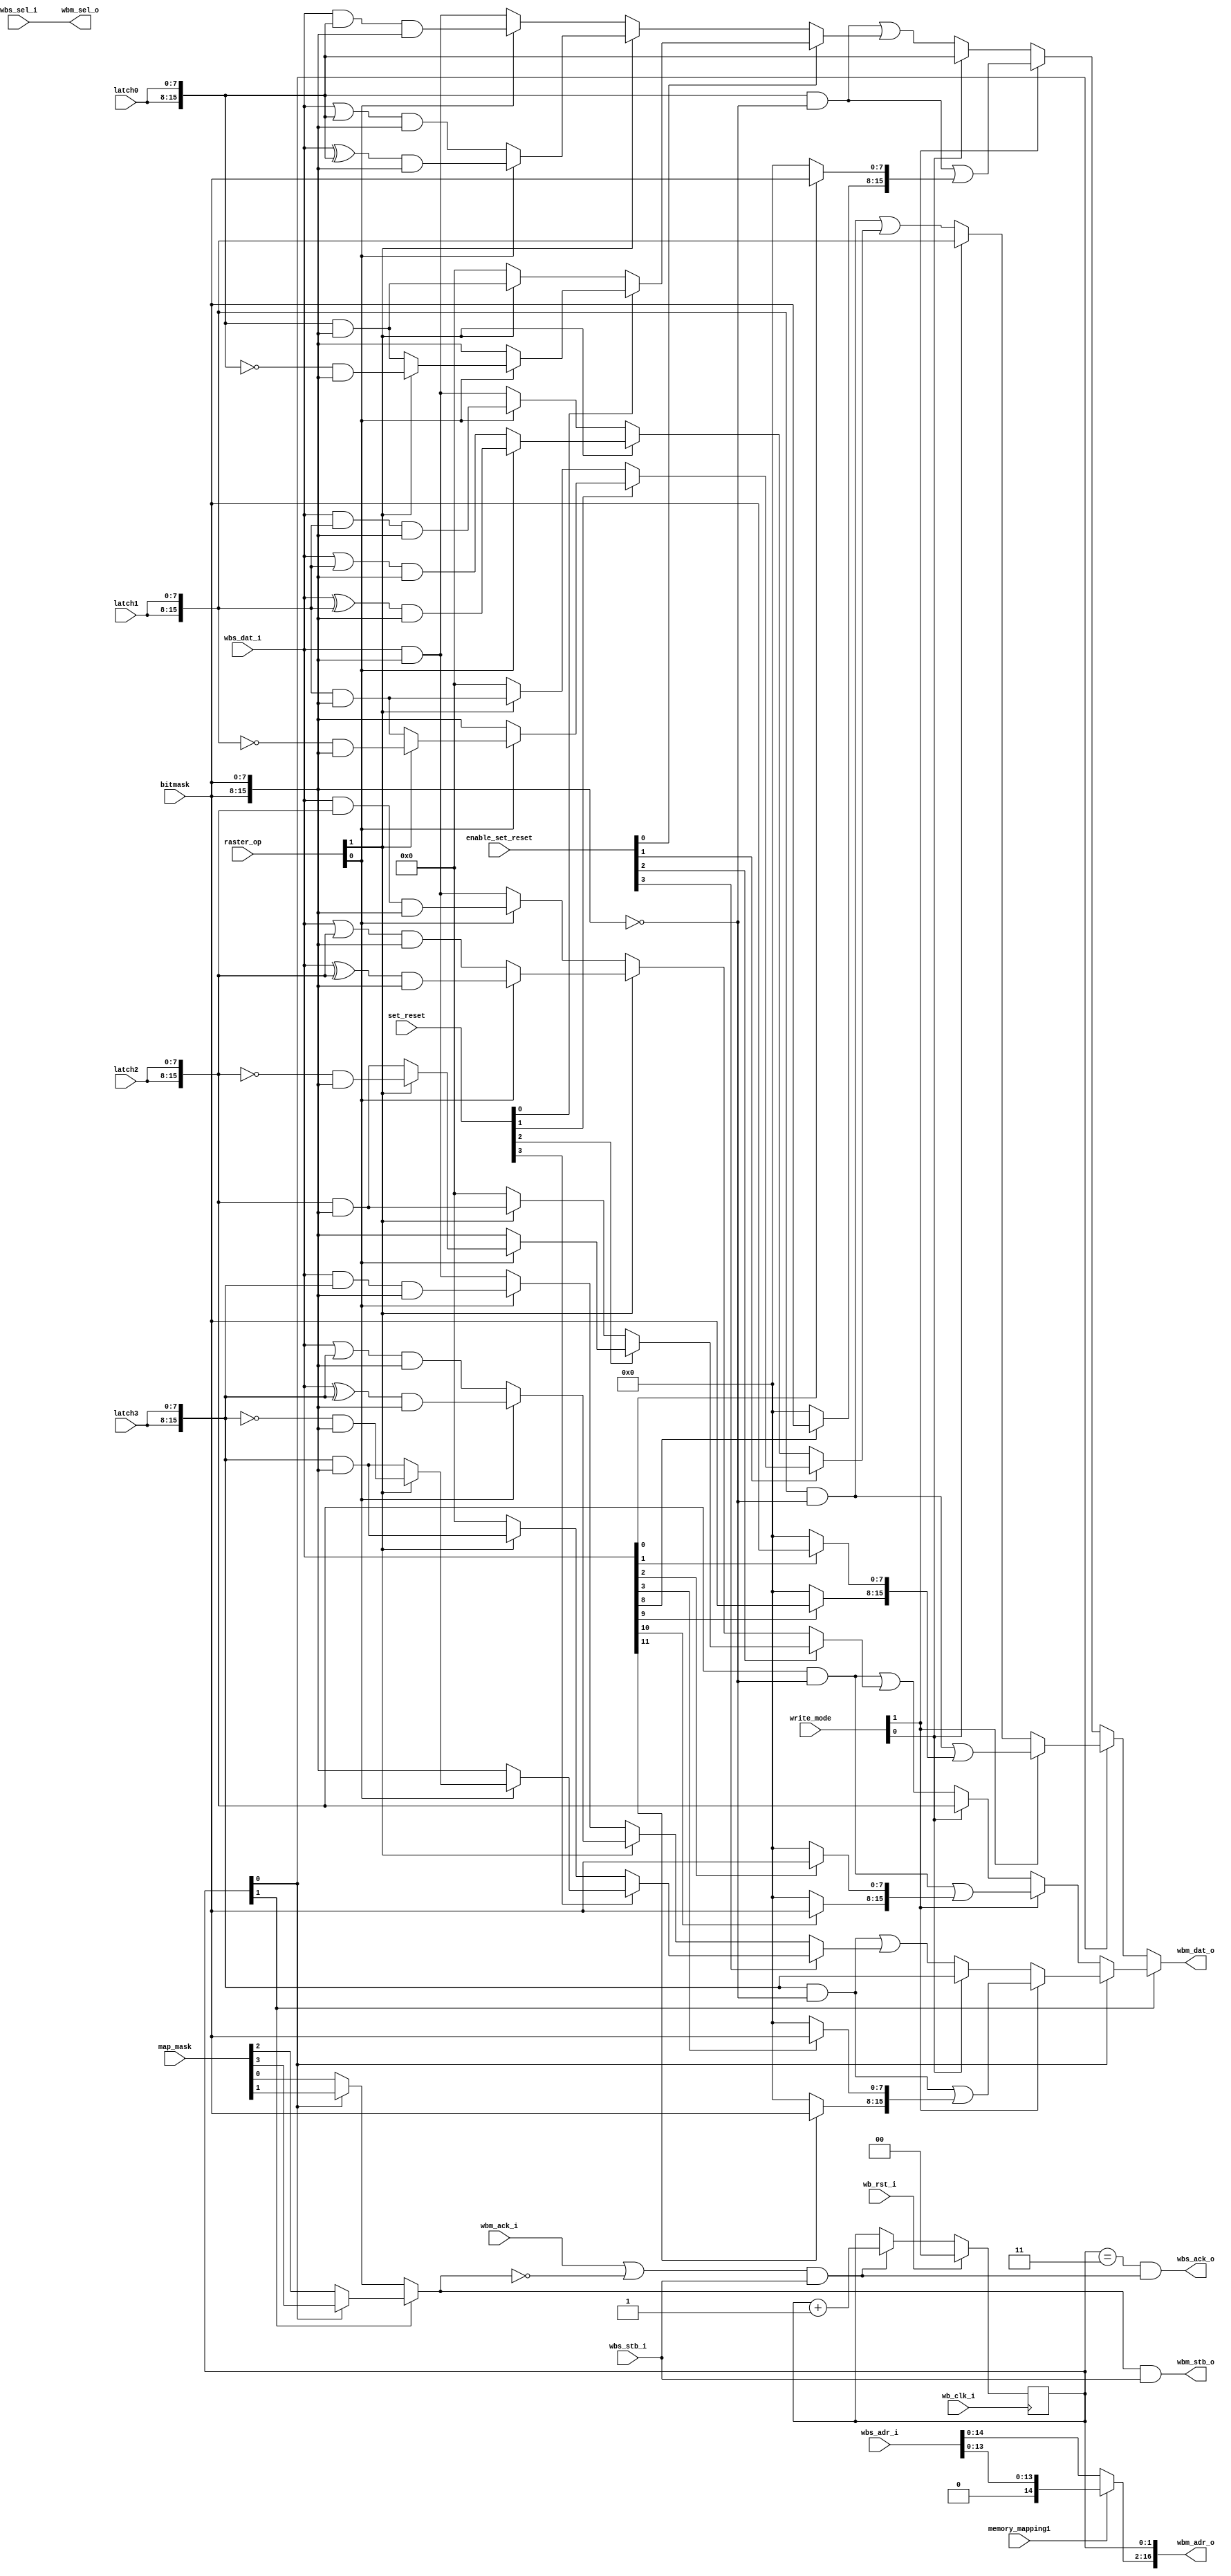
/*
 *  Write memory interface for VGA
 *  Copyright (C) 2010  Zeus Gomez Marmolejo <zeus@aluzina.org>
 *
 *  This file is part of the Zet processor. This processor is free
 *  hardware; you can redistribute it and/or modify it under the terms of
 *  the GNU General Public License as published by the Free Software
 *  Foundation; either version 3, or (at your option) any later version.
 *
 *  Zet is distrubuted in the hope that it will be useful, but WITHOUT
 *  ANY WARRANTY; without even the implied warranty of MERCHANTABILITY
 *  or FITNESS FOR A PARTICULAR PURPOSE. See the GNU General Public
 *  License for more details.
 *
 *  You should have received a copy of the GNU General Public License
 *  along with Zet; see the file COPYING. If not, see
 *  <http://www.gnu.org/licenses/>.
 */

module vga_write_iface (
    // Wishbone common signals
    input wb_clk_i,
    input wb_rst_i,

    // Wishbone slave write interface
    input [16:1] wbs_adr_i,
    input [ 1:0] wbs_sel_i,
    input [15:0] wbs_dat_i,
    input        wbs_stb_i,
    output       wbs_ack_o,

    // Wishbone master write to SRAM
    output [17:1] wbm_adr_o,
    output [ 1:0] wbm_sel_o,
    output [15:0] wbm_dat_o,
    output        wbm_stb_o,
    input         wbm_ack_i,

    // VGA configuration registers
    input        memory_mapping1,
    input [ 1:0] write_mode,
    input [ 1:0] raster_op,
    input [ 7:0] bitmask,
    input [ 3:0] set_reset,
    input [ 3:0] enable_set_reset,
    input [ 3:0] map_mask,

    input [7:0] latch0,
    input [7:0] latch1,
    input [7:0] latch2,
    input [7:0] latch3
  );

  // Registers and nets
  wire [15:0] latch0_16;
  wire [15:0] latch1_16;
  wire [15:0] latch2_16;
  wire [15:0] latch3_16;

  wire [15:0] lb0;
  wire [15:0] lb1;
  wire [15:0] lb2;
  wire [15:0] lb3;

  wire [15:0] nlb0;
  wire [15:0] nlb1;
  wire [15:0] nlb2;
  wire [15:0] nlb3;

  wire [15:0] alb0;
  wire [15:0] alb1;
  wire [15:0] alb2;
  wire [15:0] alb3;

  wire [15:0] olb0;
  wire [15:0] olb1;
  wire [15:0] olb2;
  wire [15:0] olb3;

  wire [15:0] xlb0;
  wire [15:0] xlb1;
  wire [15:0] xlb2;
  wire [15:0] xlb3;

  wire [15:0] set0;
  wire [15:0] set1;
  wire [15:0] set2;
  wire [15:0] set3;

  wire [15:0] no_set0;
  wire [15:0] no_set1;
  wire [15:0] no_set2;
  wire [15:0] no_set3;

  wire [15:0] no_en0;
  wire [15:0] no_en1;
  wire [15:0] no_en2;
  wire [15:0] no_en3;

  wire [15:0] new_val0;
  wire [15:0] new_val1;
  wire [15:0] new_val2;
  wire [15:0] new_val3;
/*
  wire [ 7:0] wr2_d0_0;
  wire [ 7:0] wr2_d0_1;
  wire [ 7:0] wr2_d0_2;
  wire [ 7:0] wr2_d0_3;

  wire [ 7:0] wr2_d1_0;
  wire [ 7:0] wr2_d1_1;
  wire [ 7:0] wr2_d1_2;
  wire [ 7:0] wr2_d1_3;
*/
  wire [15:0] val0_write0, val0_write1, val0_write2, val0_write3;
  wire [15:0] val1_write0, val1_write1, val1_write2, val1_write3;
  wire [15:0] val0_or0, val0_or1, val0_or2, val0_or3;
  wire [15:0] val1_or0, val1_or1, val1_or2, val1_or3;
  wire [15:0] final_wr0, final_wr1, final_wr2, final_wr3;

  wire [15:1] offset;
  wire [15:0] bitmask16;
  wire [15:0] dat_mask;
  wire        write_en;
  wire        cont;

  reg  [ 1:0] plane;
  reg  [ 3:0] plane_dec;

  // Continuous assignments
  assign bitmask16 = { bitmask, bitmask };
  assign dat_mask  = wbs_dat_i & bitmask16;

  assign latch0_16 = { latch0, latch0 };
  assign latch1_16 = { latch1, latch1 };
  assign latch2_16 = { latch2, latch2 };
  assign latch3_16 = { latch3, latch3 };

  assign new_val0 = latch0_16 & ~bitmask16;
  assign new_val1 = latch1_16 & ~bitmask16;
  assign new_val2 = latch2_16 & ~bitmask16;
  assign new_val3 = latch3_16 & ~bitmask16;

  assign lb0  = latch0_16 & bitmask16;
  assign lb1  = latch1_16 & bitmask16;
  assign lb2  = latch2_16 & bitmask16;
  assign lb3  = latch3_16 & bitmask16;

  assign nlb0 = ~latch0_16 & bitmask16;
  assign nlb1 = ~latch1_16 & bitmask16;
  assign nlb2 = ~latch2_16 & bitmask16;
  assign nlb3 = ~latch3_16 & bitmask16;

  assign alb0 = (wbs_dat_i & latch0_16) & bitmask16;
  assign alb1 = (wbs_dat_i & latch1_16) & bitmask16;
  assign alb2 = (wbs_dat_i & latch2_16) & bitmask16;
  assign alb3 = (wbs_dat_i & latch3_16) & bitmask16;

  assign olb0 = (wbs_dat_i | latch0_16) & bitmask16;
  assign olb1 = (wbs_dat_i | latch1_16) & bitmask16;
  assign olb2 = (wbs_dat_i | latch2_16) & bitmask16;
  assign olb3 = (wbs_dat_i | latch3_16) & bitmask16;

  assign xlb0 = (wbs_dat_i ^ latch0_16) & bitmask16;
  assign xlb1 = (wbs_dat_i ^ latch1_16) & bitmask16;
  assign xlb2 = (wbs_dat_i ^ latch2_16) & bitmask16;
  assign xlb3 = (wbs_dat_i ^ latch3_16) & bitmask16;

  // write mode 0
  assign set0 = raster_op[0] ? (raster_op[1] ? nlb0 : lb0 ) : bitmask16;
  assign set1 = raster_op[0] ? (raster_op[1] ? nlb1 : lb1 ) : bitmask16;
  assign set2 = raster_op[0] ? (raster_op[1] ? nlb2 : lb2 ) : bitmask16;
  assign set3 = raster_op[0] ? (raster_op[1] ? nlb3 : lb3 ) : bitmask16;

  assign no_set0 = raster_op[1] ? lb0 : 16'h0;
  assign no_set1 = raster_op[1] ? lb1 : 16'h0;
  assign no_set2 = raster_op[1] ? lb2 : 16'h0;
  assign no_set3 = raster_op[1] ? lb3 : 16'h0;

  assign no_en0 = raster_op[1] ? (raster_op[0] ? xlb0 : olb0)
                               : (raster_op[0] ? alb0 : dat_mask);
  assign no_en1 = raster_op[1] ? (raster_op[0] ? xlb1 : olb1)
                               : (raster_op[0] ? alb1 : dat_mask);
  assign no_en2 = raster_op[1] ? (raster_op[0] ? xlb2 : olb2)
                               : (raster_op[0] ? alb2 : dat_mask);
  assign no_en3 = raster_op[1] ? (raster_op[0] ? xlb3 : olb3)
                               : (raster_op[0] ? alb3 : dat_mask);

  assign val0_or0 = enable_set_reset[0] ?
    (set_reset[0] ? set0 : no_set0) : no_en0;
  assign val0_or1 = enable_set_reset[1] ?
    (set_reset[1] ? set1 : no_set1) : no_en1;
  assign val0_or2 = enable_set_reset[2] ?
    (set_reset[2] ? set2 : no_set2) : no_en2;
  assign val0_or3 = enable_set_reset[3] ?
    (set_reset[3] ? set3 : no_set3) : no_en3;

  assign val0_write0 = new_val0 | val0_or0;
  assign val0_write1 = new_val1 | val0_or1;
  assign val0_write2 = new_val2 | val0_or2;
  assign val0_write3 = new_val3 | val0_or3;

  // write mode 2
/*
  assign wr2_d0_0 = raster_op[1] ? lb0[7:0] : 8'h0;
  assign wr2_d0_1 = raster_op[1] ? lb1[7:0] : 8'h0;
  assign wr2_d0_2 = raster_op[1] ? lb2[7:0] : 8'h0;
  assign wr2_d0_3 = raster_op[1] ? lb3[7:0] : 8'h0;

  assign wr2_d1_0 = raster_op[0] ? (raster_op[1] ? nlb0[7:0] : lb0[7:0])
                                 : bitmask;
  assign wr2_d1_1 = raster_op[0] ? (raster_op[1] ? nlb1[7:0] : lb1[7:0])
                                 : bitmask;
  assign wr2_d1_2 = raster_op[0] ? (raster_op[1] ? nlb2[7:0] : lb2[7:0])
                                 : bitmask;
  assign wr2_d1_3 = raster_op[0] ? (raster_op[1] ? nlb3[7:0] : lb3[7:0])
                                 : bitmask;

  assign val1_or0[ 7:0] = wbs_dat_i[ 0] ? wr2_d1_0 : wr2_d0_0;
  assign val1_or1[ 7:0] = wbs_dat_i[ 1] ? wr2_d1_1 : wr2_d0_1;
  assign val1_or2[ 7:0] = wbs_dat_i[ 2] ? wr2_d1_2 : wr2_d0_2;
  assign val1_or3[ 7:0] = wbs_dat_i[ 3] ? wr2_d1_3 : wr2_d0_3;
  assign val1_or0[15:8] = wbs_dat_i[ 8] ? wr2_d1_0 : wr2_d0_0;
  assign val1_or1[15:8] = wbs_dat_i[ 9] ? wr2_d1_1 : wr2_d0_1;
  assign val1_or2[15:8] = wbs_dat_i[10] ? wr2_d1_2 : wr2_d0_2;
  assign val1_or3[15:8] = wbs_dat_i[11] ? wr2_d1_3 : wr2_d0_3;
*/
  assign val1_or0[ 7:0] = wbs_dat_i[ 0] ? bitmask : 8'h0;
  assign val1_or1[ 7:0] = wbs_dat_i[ 1] ? bitmask : 8'h0;
  assign val1_or2[ 7:0] = wbs_dat_i[ 2] ? bitmask : 8'h0;
  assign val1_or3[ 7:0] = wbs_dat_i[ 3] ? bitmask : 8'h0;
  assign val1_or0[15:8] = wbs_dat_i[ 8] ? bitmask : 8'h0;
  assign val1_or1[15:8] = wbs_dat_i[ 9] ? bitmask : 8'h0;
  assign val1_or2[15:8] = wbs_dat_i[10] ? bitmask : 8'h0;
  assign val1_or3[15:8] = wbs_dat_i[11] ? bitmask : 8'h0;

  assign val1_write0 = new_val0 | val1_or0;
  assign val1_write1 = new_val1 | val1_or1;
  assign val1_write2 = new_val2 | val1_or2;
  assign val1_write3 = new_val3 | val1_or3;

  // Final write

  assign final_wr0 = write_mode[1] ? val1_write0
                   : (write_mode[0] ? latch0_16 : val0_write0);
  assign final_wr1 = write_mode[1] ? val1_write1
                   : (write_mode[0] ? latch1_16 : val0_write1);
  assign final_wr2 = write_mode[1] ? val1_write2
                   : (write_mode[0] ? latch2_16 : val0_write2);
  assign final_wr3 = write_mode[1] ? val1_write3
                   : (write_mode[0] ? latch3_16 : val0_write3);

  assign offset = memory_mapping1 ? { 1'b0, wbs_adr_i[14:1] }
                                  : wbs_adr_i[15:1];

  assign wbm_adr_o = { offset, plane };
  assign wbs_ack_o = (plane==2'b11 && cont);
  assign wbm_dat_o = plane[1] ? (plane[0] ? final_wr3 : final_wr2)
                              : (plane[0] ? final_wr1 : final_wr0);

  assign write_en = plane[1] ? (plane[0] ? map_mask[3] : map_mask[2])
                             : (plane[0] ? map_mask[1] : map_mask[0]);

  assign wbm_sel_o = wbs_sel_i;
  assign cont      = (wbm_ack_i | !write_en) & wbs_stb_i;
  assign wbm_stb_o = write_en & wbs_stb_i;

  // plane
  always @(posedge wb_clk_i)
    plane <= wb_rst_i ? 2'b00 : (cont ? (plane + 2'b01) : plane);

endmodule